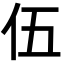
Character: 伍